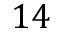
1 4